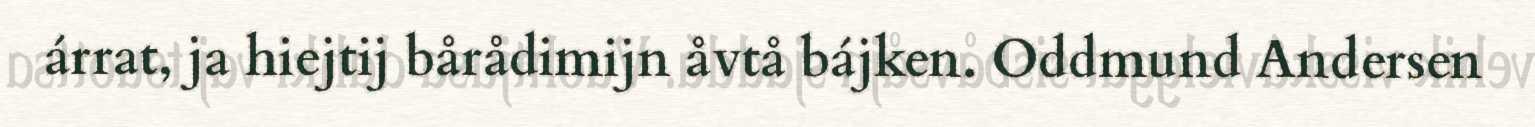
árrat, ja hiejtij bårådimijn åvtå bájken. Oddmund Andersen